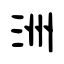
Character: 洲